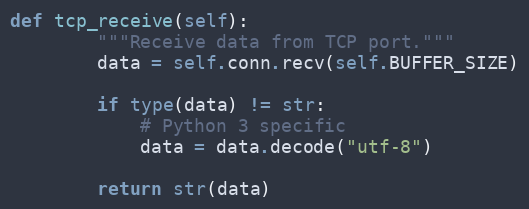
Language: Python
def tcp_receive(self):
        """Receive data from TCP port."""
        data = self.conn.recv(self.BUFFER_SIZE)

        if type(data) != str:
            # Python 3 specific
            data = data.decode("utf-8")

        return str(data)